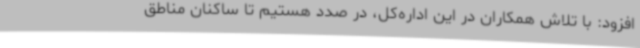
افزود: با تلاش همکاران در این اداره‌کل، در صدد هستیم تا ساکنان مناطق